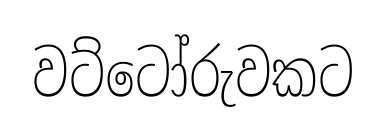
වට්ටෝරුවකට